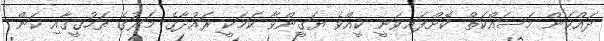
ދައްކަން މަސައްކަތް ކޮށްފައިވަނީ ކީއްވެ ޔަގީންވާ ކަމަކީ ރައުދާގެ މަރުގެ ތަހުގީގާއި ކަން